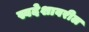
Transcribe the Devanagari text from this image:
स्वदेशावरील